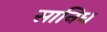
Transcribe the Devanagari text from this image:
सानिध